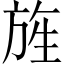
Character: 旌